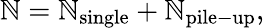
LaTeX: \mathbb{N}=\mathbb{N}_{\mathrm{{single}}}+\mathbb{N}_{\mathrm{{pile-up}}},